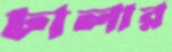
ঢালার